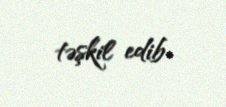
təşkil edib.